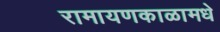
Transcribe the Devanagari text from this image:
रामायणकाळामधे